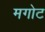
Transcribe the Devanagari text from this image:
मगोट